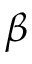
\beta